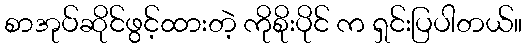
စာအုပ်ဆိုင်ဖွင့်ထားတဲ့ ကိုစိုးပိုင် က ရှင်းပြပါတယ်။